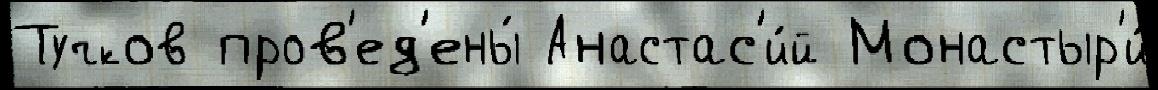
Тучков пров'ед'ены́ Анастас'и́й Монастыр'и́